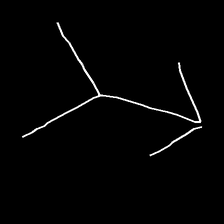
Glyph: gather